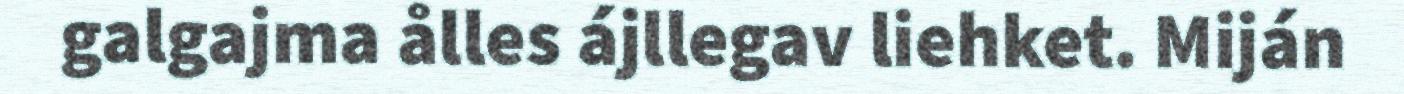
galgajma ålles ájllegav liehket. Miján